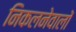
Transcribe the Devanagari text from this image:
निकलनेवालों